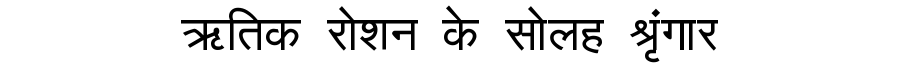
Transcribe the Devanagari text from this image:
ऋतिक रोशन के सोलह श्रृंगार